Vaccine operations Central Provinces 1886-1899 - 1886-1899
Year: 1886
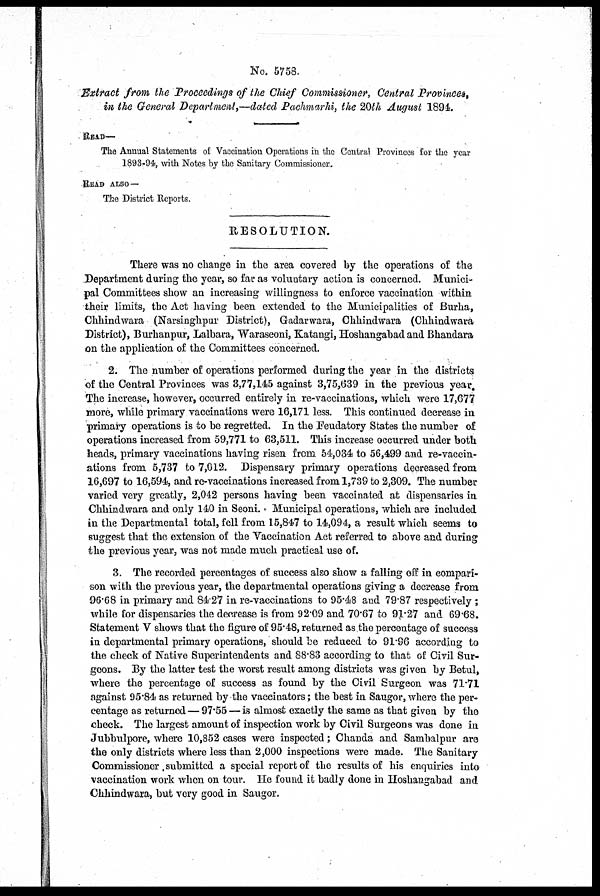
No. 5758.
Extract from the Proceedings of the Chief Commissioner, Central Provinces,
in the General Department,—dated Pachmarhi, the 20th August 1894.
READ—
The Annual Statements of Vaccination Operations in the Central Provinces for the year
1893-94, with Notes by the Sanitary Commissioner.
READ ALSO—
The District Reports.
RESOLUTION.
There was no change in the area covered by the operations of the
Department during the year, so far as voluntary action is concerned. Munici-
pal Committees show an increasing willingness to enforce vaccination within
their limits, the Act having been extended to the Municipalities of Burha,
Chhindwara (Narsinghpur District), Gadarwara, Chhindwara (Chhindwara
District), Burhanpur, Lalbara, Waraseoni, Katangi, Hoshangabad and Bhandara
on the application of the Committees concerned.
2. The number of operations performed during the year in the districts
of the Central Provinces was 3,77,145 against 3,75,639 in the previous year.
The increase, however, occurred entirely in re-vaccinations, which were 17,677
more, while primary vaccinations were 16,171 less. This continued decrease in
primary operations is to be regretted. In the Feudatory States the number of
operations increased from 59,771 to 63,511. This increase occurred under both
heads, primary vaccinations having risen from 54,034 to 56,499 and re-vaccin-
ations from 5,737 to 7,012. Dispensary primary operations decreased from
16,697 to 16,594, and re-vaccinations increased from 1,739 to 2,309. The number
varied very greatly, 2,042 persons having been vaccinated at dispensaries in
Chhindwara and only 140 in Seoni. Municipal operations, which are included
in the Departmental total, fell from 15,847 to 14,094, a result which seems to
suggest that the extension of the Vaccination Act referred to above and during
the previous year, was not made much practical use of.
3. The recorded percentages of success also show a falling off in compari-
son with the previous year, the departmental operations giving a decrease from
96.68 in primary and 84.27 in re-vaccinations to 95.48 and 79.87 respectively ;
while for dispensaries the decrease is from 92.09 and 70.67 to 91.27 and 69.68.
Statement V shows that the figure of 95.48, returned as the percentage of success
in departmental primary operations, should be reduced to 91.96 according to
the check of Native Superintendents and 88.83 according to that of Civil Sur-
geons. By the latter test the worst result among districts was given by Betul,
where the percentage of success as found by the Civil Surgeon was 71.71
against 95.84 as returned by the vaccinators; the best in Saugor, where the per-
centage as returned — 97.55 — is almost exactly the same as that given by the
check. The largest amount of inspection work by Civil Surgeons was done in
Jubbulpore, where 10,852 cases were inspected; Chanda and Sambalpur are
the only districts where less than 2,000 inspections were made. The Sanitary
Commissioner submitted a special report of the results of his enquiries into
vaccination work when on tour. He found it badly done in Hoshangabad and
Chhindwara, but very good in Saugor.